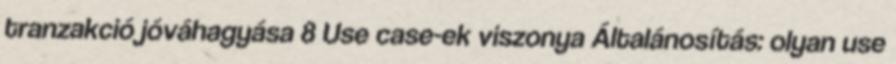
tranzakció jóváhagyása 8 Use case-ek viszonya Általánosítás: olyan use